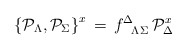
\begin{align*}\left \{ {\cal P}_\Lambda, {\cal P}_\Sigma \right \}^x \, = \,f^{\Delta}_{\phantom{\Delta}\Lambda\Sigma} \, {\cal P}_\Delta^{x}\end{align*}